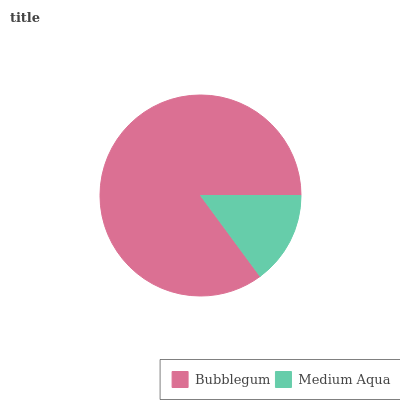
| Bubblegum | Medium Aqua |
 | --- | --- |
 | 85.1% | 14.9% |